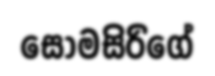
සෝමසිරිගේ